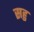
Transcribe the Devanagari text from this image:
सहु